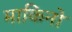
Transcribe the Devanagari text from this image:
माकिनो